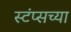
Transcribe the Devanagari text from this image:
स्टंप्सच्या